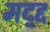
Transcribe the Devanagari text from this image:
मद्द्द